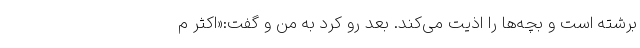
برشته است و بچه‌ها را اذیت می‌کند. بعد رو کرد به من و گفت:«اکثر م